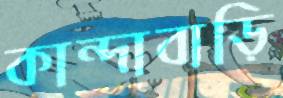
কান্দাবাড়ি